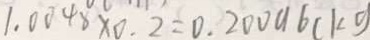
1 . 0 0 4 8 \times 0 . 2 = 0 . 2 0 0 9 6 ( k g